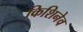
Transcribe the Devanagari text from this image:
किशिनेव